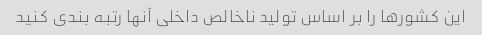
این کشورها را بر اساس تولید ناخالص داخلی آنها رتبه بندی کنید